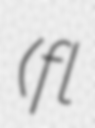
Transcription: (fl